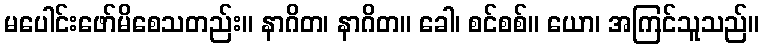
မပေါင်းဖော်မိစေသတည်း။ နာဂိတ၊ နာဂိတ။ ခေါ၊ စင်စစ်။ ယော၊ အကြင်သူသည်။